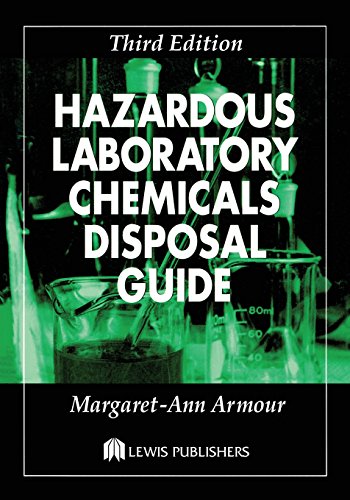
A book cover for Hazardous Laboratory Chemicals Disposal Guide, Third Edition; Margaret-Ann Armour; Science & Math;